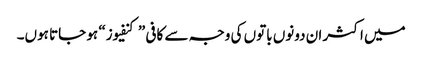
میں اکثر ان دونوں باتوں کی وجہ سے کافی ”کنفیوز“ ہو جاتا ہوں۔